Structure of Hæmatopota pluvialis (Meigen) - Number 55
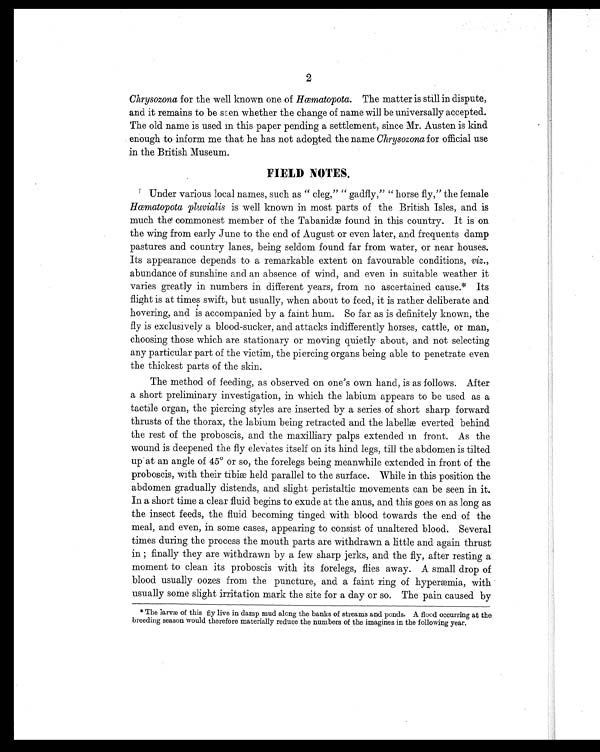
2
Chrysozona for the well known one of Hœmatopota. The matter is still in dispute,
and it remains to be se
en whether the change of name will be universally accepted.
The old name is used in this paper pending a settlement, since Mr. Austen is kind
enough to inform me that he has not adopted the name Chrysozona for official use
in the British Museum.
FIELD NOTES.
Under various local names, such as " cleg," " gadfly," " horse fly," the female
Hœmatopota pluvialis is well known in most parts of the British Isles, and is
much the
commonest member of the Tabanidæ found in this country. It is on
the wing from early June to the end of August or even later, and frequents damp
pastures and country lanes, being seldom found far from water, or near houses.
Its appearance depends to a remarkable extent on favourable conditions, viz.,
abundance of sunshine and an absence of wind, and even in suitable weather it
varies greatly in numbers in different years, from no ascertained cause.* Its
flight is at times swift, but usually, when about to feed, it is rather deliberate and
hovering, and is accompanied by a faint hum. So far as is definitely known, the
fly is exclusively a blood-sucker, and attacks indifferently horses, cattle, or man,
choosing those which are stationary or moving quietly about, and not selecting
any particular part of the victim, the piercing organs being able to penetrate even
the thickest parts of the skin.
The method of feeding, as observed on one's own hand, is as follows. After
a short preliminary investigation, in which the labium appears to be used as a
tactile organ, the piercing styles are inserted by a series of short sharp forward
thrusts of the thorax, the labium being retracted and the labellæ everted behind
the rest of the proboscis, and the maxilliary palps extended in front. As the
wound is deepened the fly elevates itself on its hind legs, till the abdomen is tilted
up at an angle of 45° or so, the forelegs being meanwhile extended in front of the
proboscis, with their tibiæ held parallel to the surface. While in this position the
abdomen gradually distends, and slight peristaltic movements can be seen in it.
In a short time a clear fluid begins to exude at the anus, and this goes on as long as
the insect feeds, the fluid becoming tinged with blood towards the end of the
meal, and even, in some cases, appearing to consist of unaltered blood. Several
times during the process the mouth parts are withdrawn a little and again thrust
in; finally they are withdrawn by a few sharp jerks, and the fly, after resting a
moment to clean its proboscis with its forelegs, flies away. A small drop of
blood usually oozes from the puncture, and a faint ring of hyperæmia, with
usually some slight irritation mark the site for a day or so. The pain caused by
* The larvæ of this fly live in damp mud along the banks of streams and ponds. A flood occurring at the
breeding season would therefore materially reduce the numbers of the imagines in the following year.